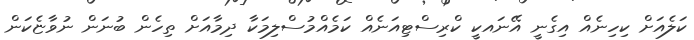
ކަލެއަށް ކިހިނެއް އިގެނީ އޭނައކީ ކްރިސްޓިއަނެއް ކަމެއްމުސްލިމަކާ ދިމާއަށް ތިހެން ބުނަން ނުވާޏެކަން